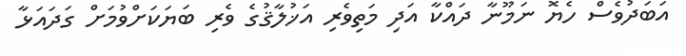
އަބަދުވެސް ހެޔޮ ނަމޫނާ ދައްކާ އަދި މަތިވެރި އަޚުލާޤުގެ ވެރި ބަޔަކަށްވުމަށް ގަދައަޅާ